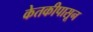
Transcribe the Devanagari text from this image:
केतकीपासून